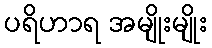
ပရိဟာရ အမျိုးမျိုး